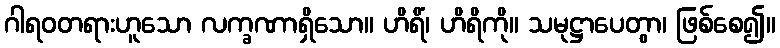
ဂါရဝတရားဟူသော လက္ခဏာရှိသော။ ဟိရိံ၊ ဟိရိကို။ သမုဋ္ဌာပေတွာ၊ ဖြစ်စေ၍။